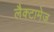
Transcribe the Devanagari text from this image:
लैक्टामेज